Jaan_Tonisson_(Lasteleht), lk 21
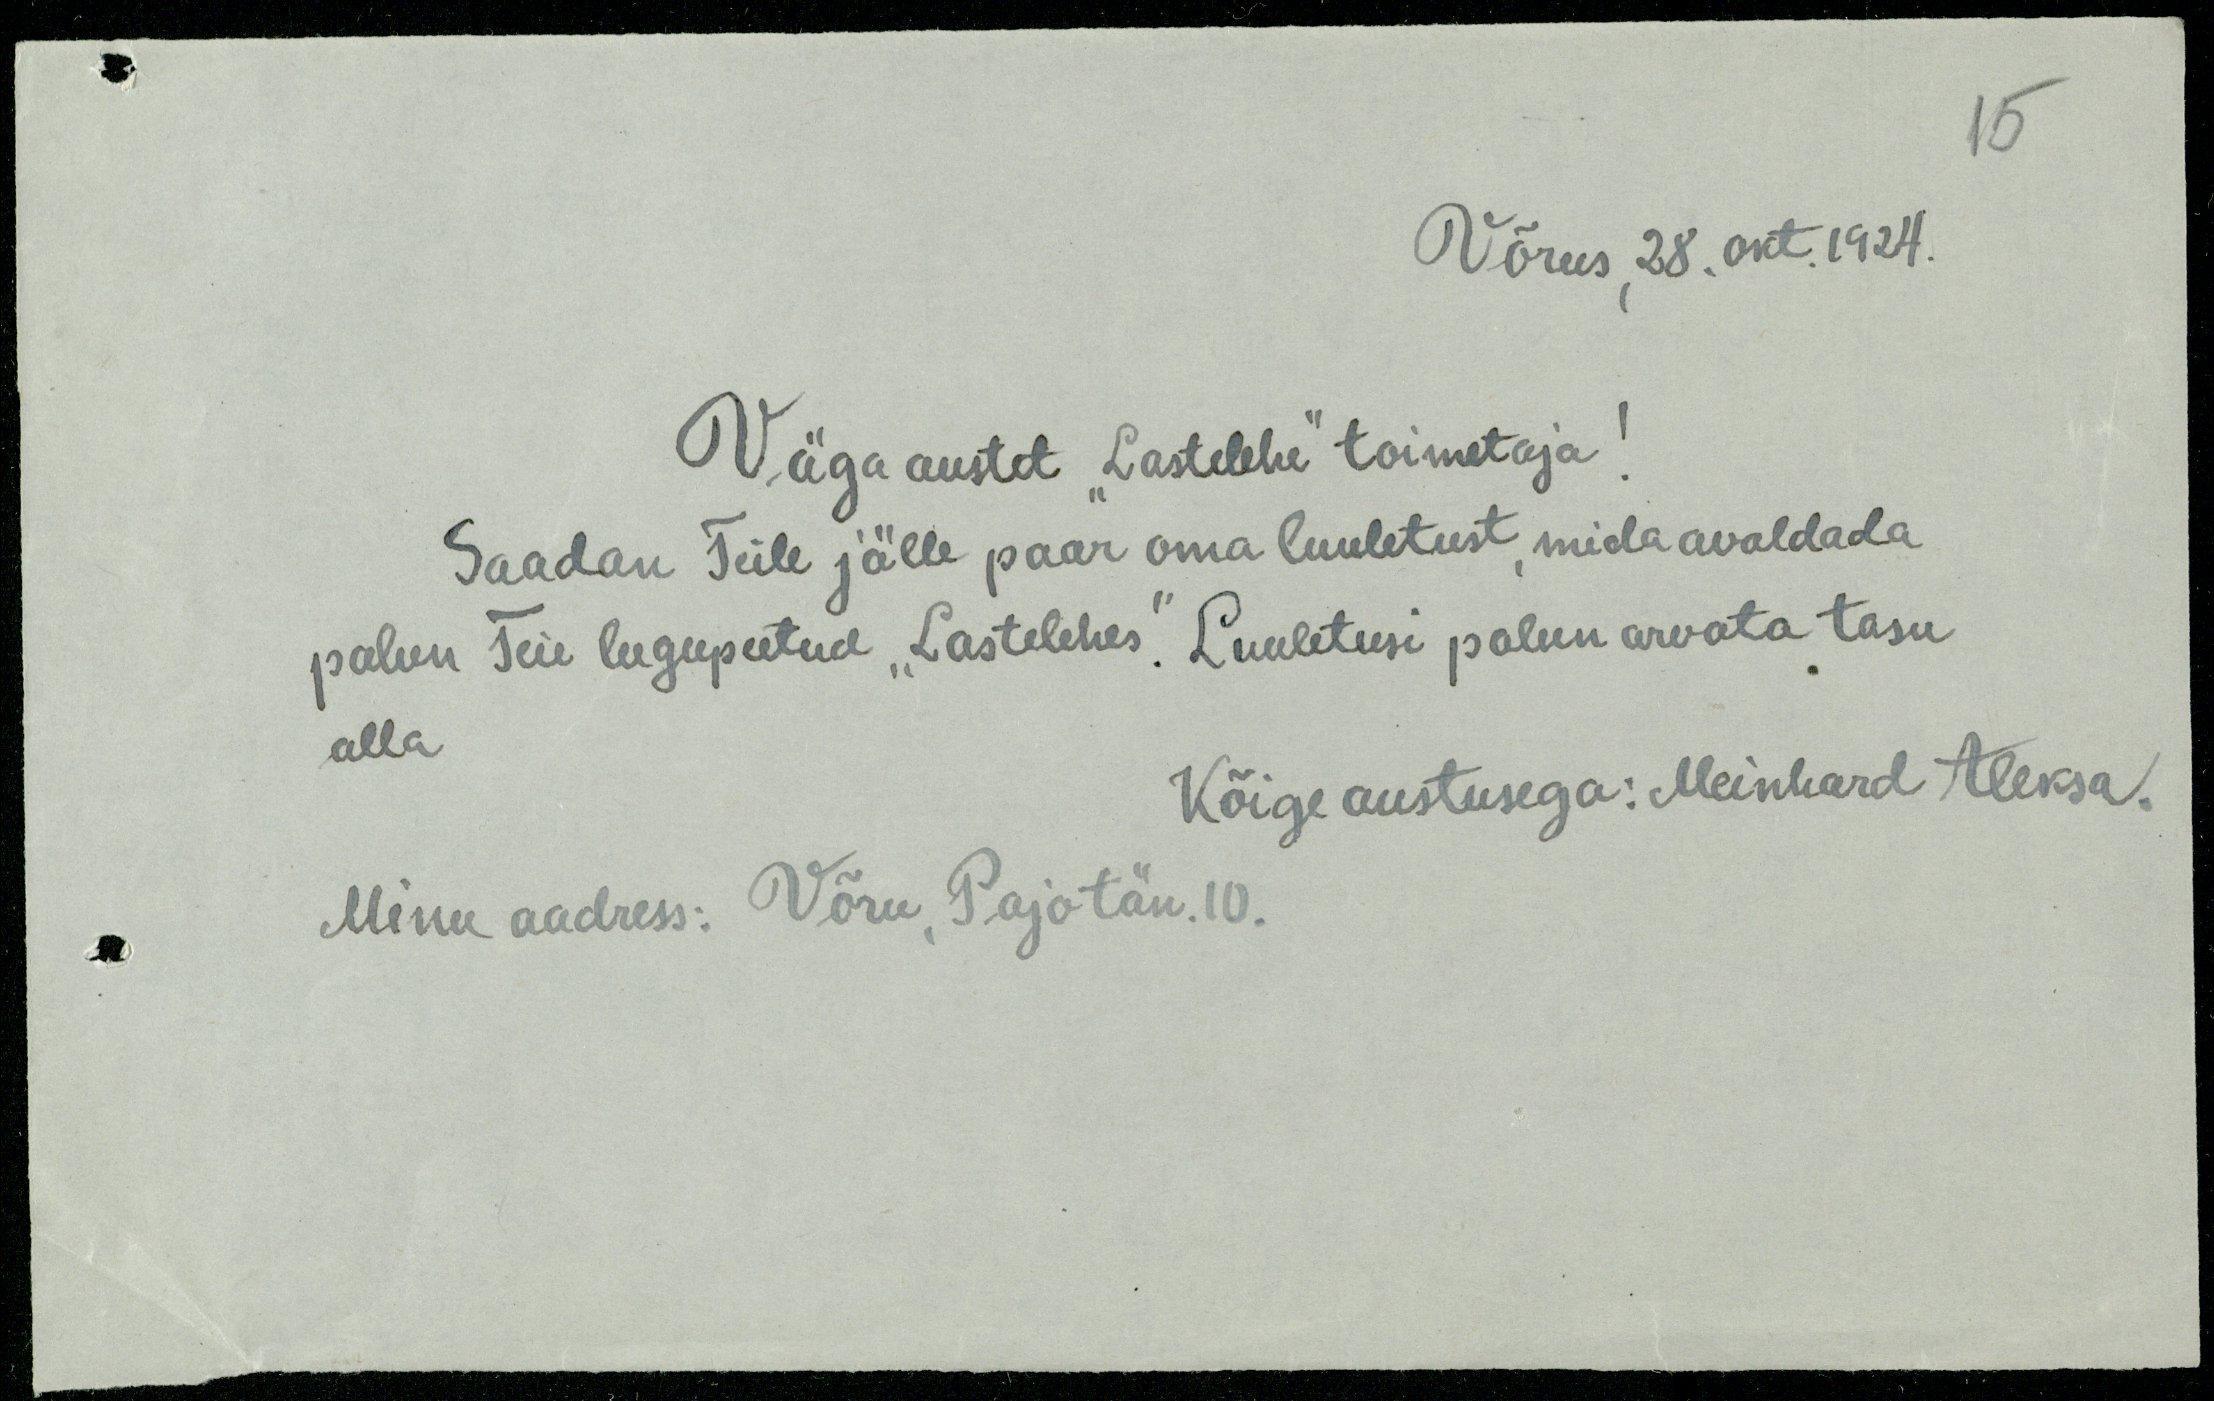
Võrus, 28. okt. 1924.
Väga austet „Lastelehe“ toimetaja!
Saadan Teile jälle paar oma luuletust, mida avaldada
palun Teie lugupeetud „Lastelehes.“ Luuletusi palun arvata tasu
alla.
Kõige austusega: Meinhard Aleksa.
Minu aadress: Võru, Pajo tän. 10.